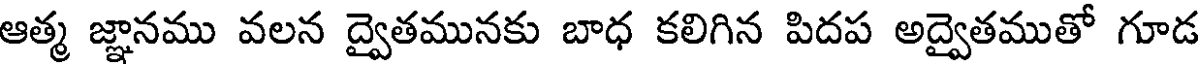
ఆత్మ జ్ఞానము వలన ద్వైతమునకు బాధ కలిగిన పిదప అద్వైతముతో గూడ